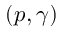
( p , \gamma )